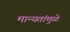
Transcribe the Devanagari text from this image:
मान्यतांमुळे